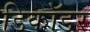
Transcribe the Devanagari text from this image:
डिकॉडर